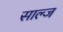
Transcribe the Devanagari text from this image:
साल्ज